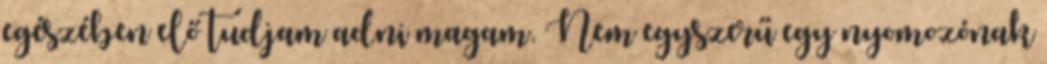
egészében elő tudjam adni magam. Nem egyszerű egy nyomozónak